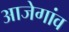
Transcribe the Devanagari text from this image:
आजेगांव